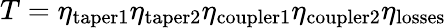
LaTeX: T=\eta_{\mathrm{taper1}}\eta_{\mathrm{taper2}}\eta_{\mathrm{coupler1}}\eta_{\mathrm{coupler2}}\eta_{\mathrm{losses}}